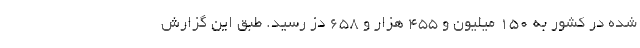
شده در کشور به ۱۵۰ میلیون و ۴۵۵ هزار و ۶۵۸ دُز رسید. طبق این گزارش